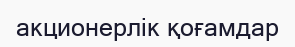
акционерлік қоғамдар